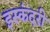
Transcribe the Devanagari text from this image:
इस्कंदरी